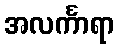
အလင်္ကာရာ